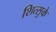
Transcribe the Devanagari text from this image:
शित्सुके